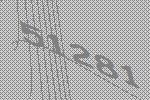
51281